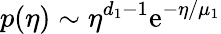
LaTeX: p(\eta)\sim\eta^{d_{1}-1}\mathrm{e}^{-\eta/\mu_{1}}